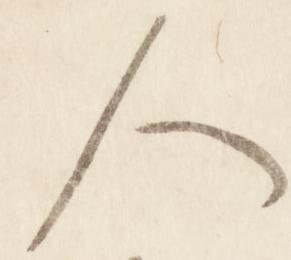
人